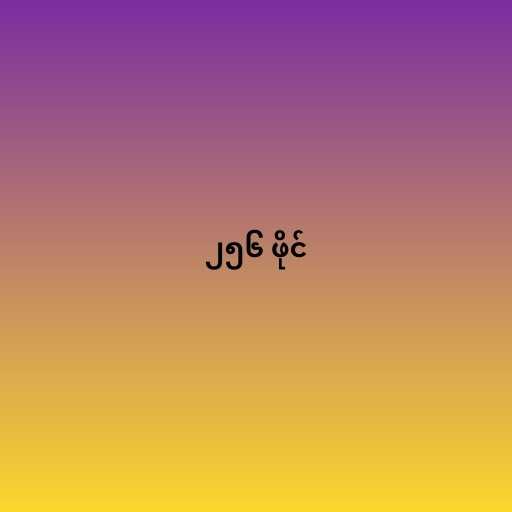
၂၅၆ ဖိုင်